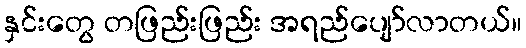
နှင်းတွေ တဖြည်းဖြည်း အရည်ပျော်လာတယ်။